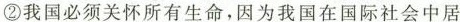
②我国必须关怀所有生命，因为我国在国际社会中居